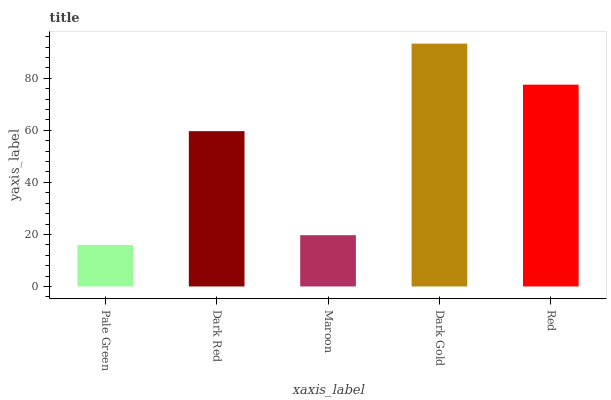
| xaxis_label | bars |
 | --- | --- |
 | Pale Green | 15.9 |
 | Dark Red | 59.7 |
 | Maroon | 19.7 |
 | Dark Gold | 93.3 |
 | Red | 77.5 |